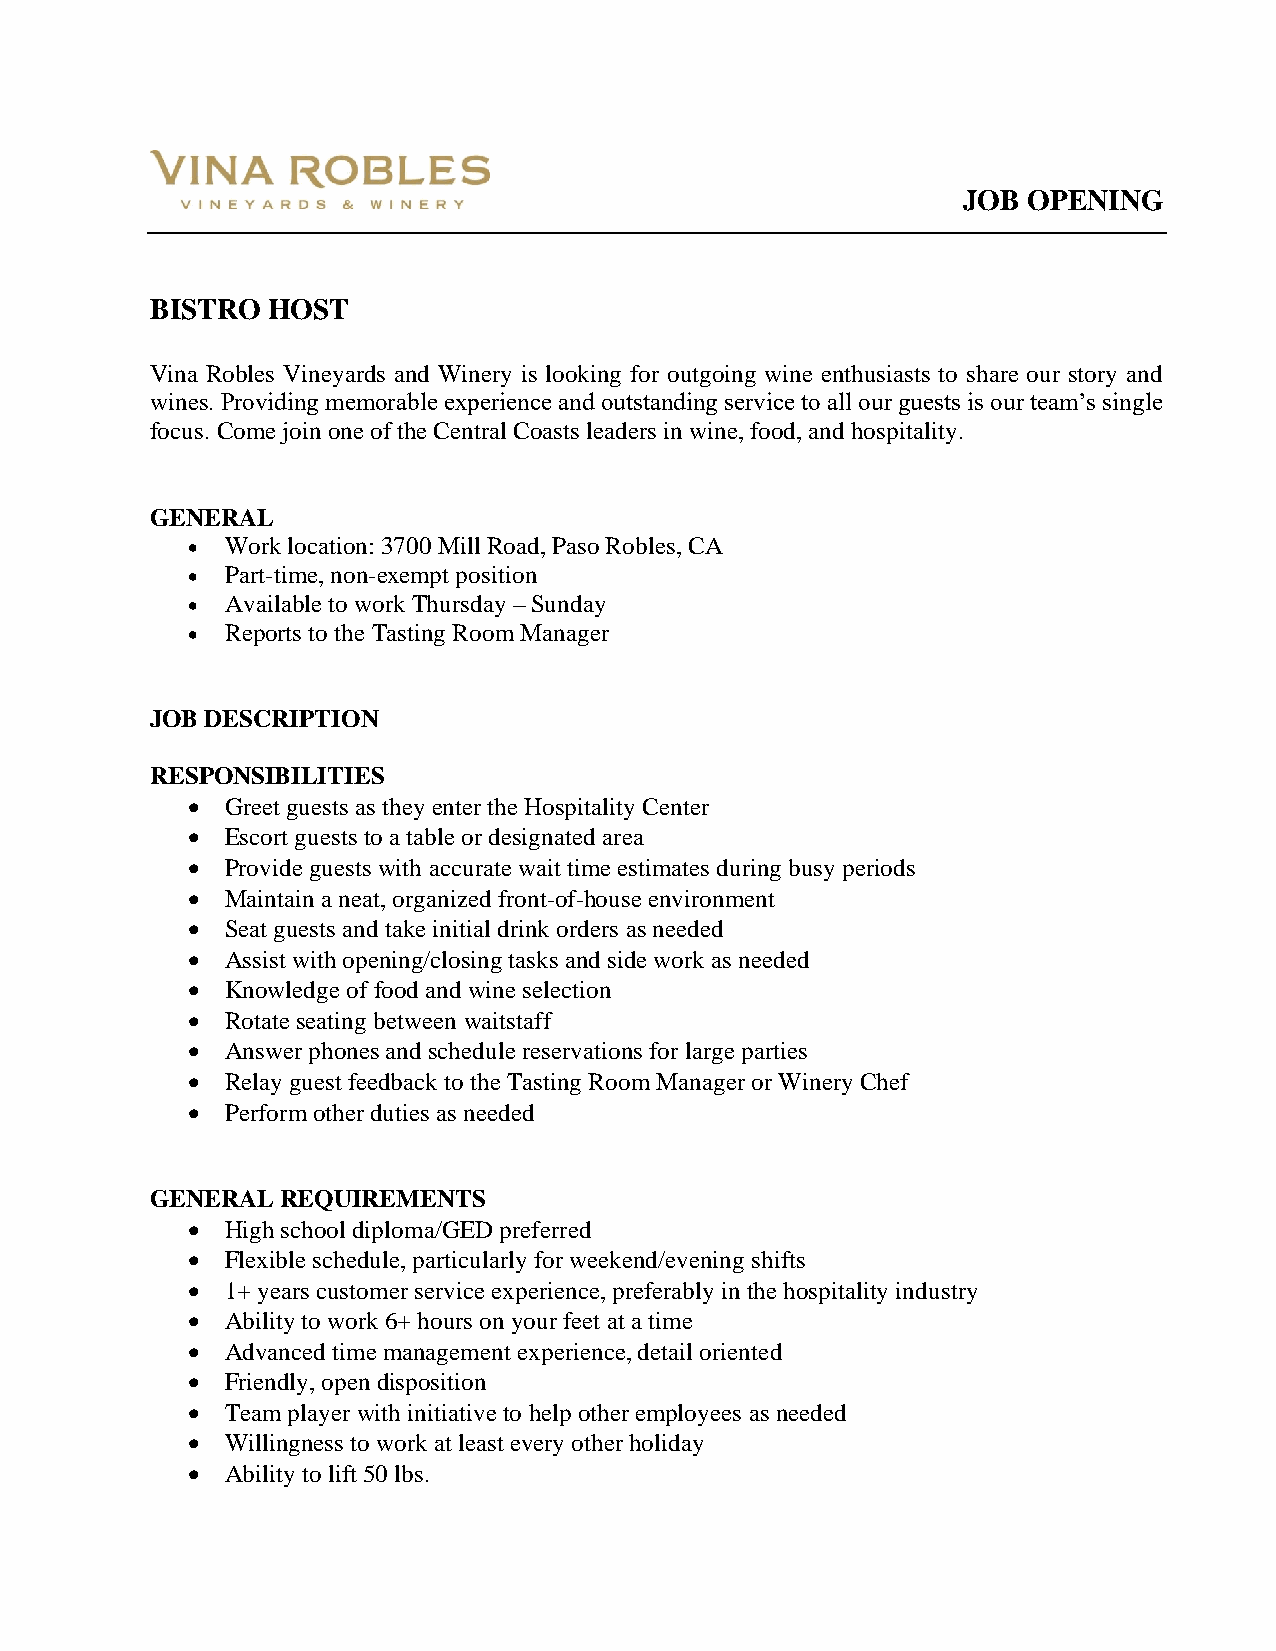
JOB OPENING
 BISTRO  HOST
 Vina Robles Vineyards and Winery is looking for outgoing wine enthusiasts to share our story and
 wines. Providing memorable experience and outstanding service to all our guests is our team’s single
 focus. Come join one of the Central Coasts leaders in wine, food, and hospitality.
 GENERAL
 •  Work location: 3700 Mill Road, Paso Robles, CA
 •  Part-time, non-exempt position
 •  Available to work Thursday – Sunday
 •  Reports to the Tasting Room Manager
 JOB DESCRIPTION
 RESPONSIBILITIES
 •  Greet guests as they enter the Hospitality Center
 •  Escort guests to a table or designated area
 •  Provide guests with accurate wait time estimates during busy periods
 •  Maintain a neat, organized front-of-house environment
 •  Seat guests and take initial drink orders as needed
 •  Assist with opening/closing tasks and side work as needed
 •  Knowledge of food and wine selection
 •  Rotate seating between waitstaff
 •  Answer phones and schedule reservations for large parties
 •  Relay guest feedback to the Tasting Room Manager or Winery Chef
 •  Perform other duties as needed
 GENERAL  REQUIREMENTS
 •  High school diploma/GED preferred
 •  Flexible schedule, particularly for weekend/evening shifts
 •  1+ years customer service experience, preferably in the hospitality industry
 •  Ability to work 6+ hours on your feet at a time
 •  Advanced time management experience, detail oriented
 •  Friendly, open disposition
 •  Team player with initiative to help other employees as needed
 •  Willingness to work at least every other holiday
 •  Ability to lift 50 lbs.